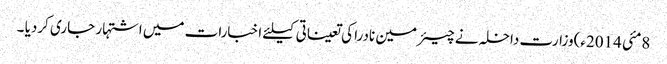
8مئی 2014ء)وزارت داخلہ نے چیئرمین نادرا کی تعیناتی کیلئے اخبارات میں اشتہار جاری کردیا ۔